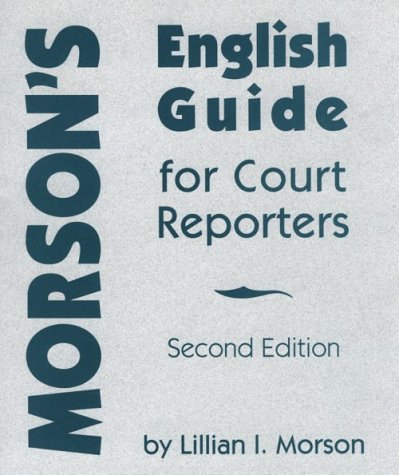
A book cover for Morson's English Guide for Court Reporters; Lillian I. Morson; Law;